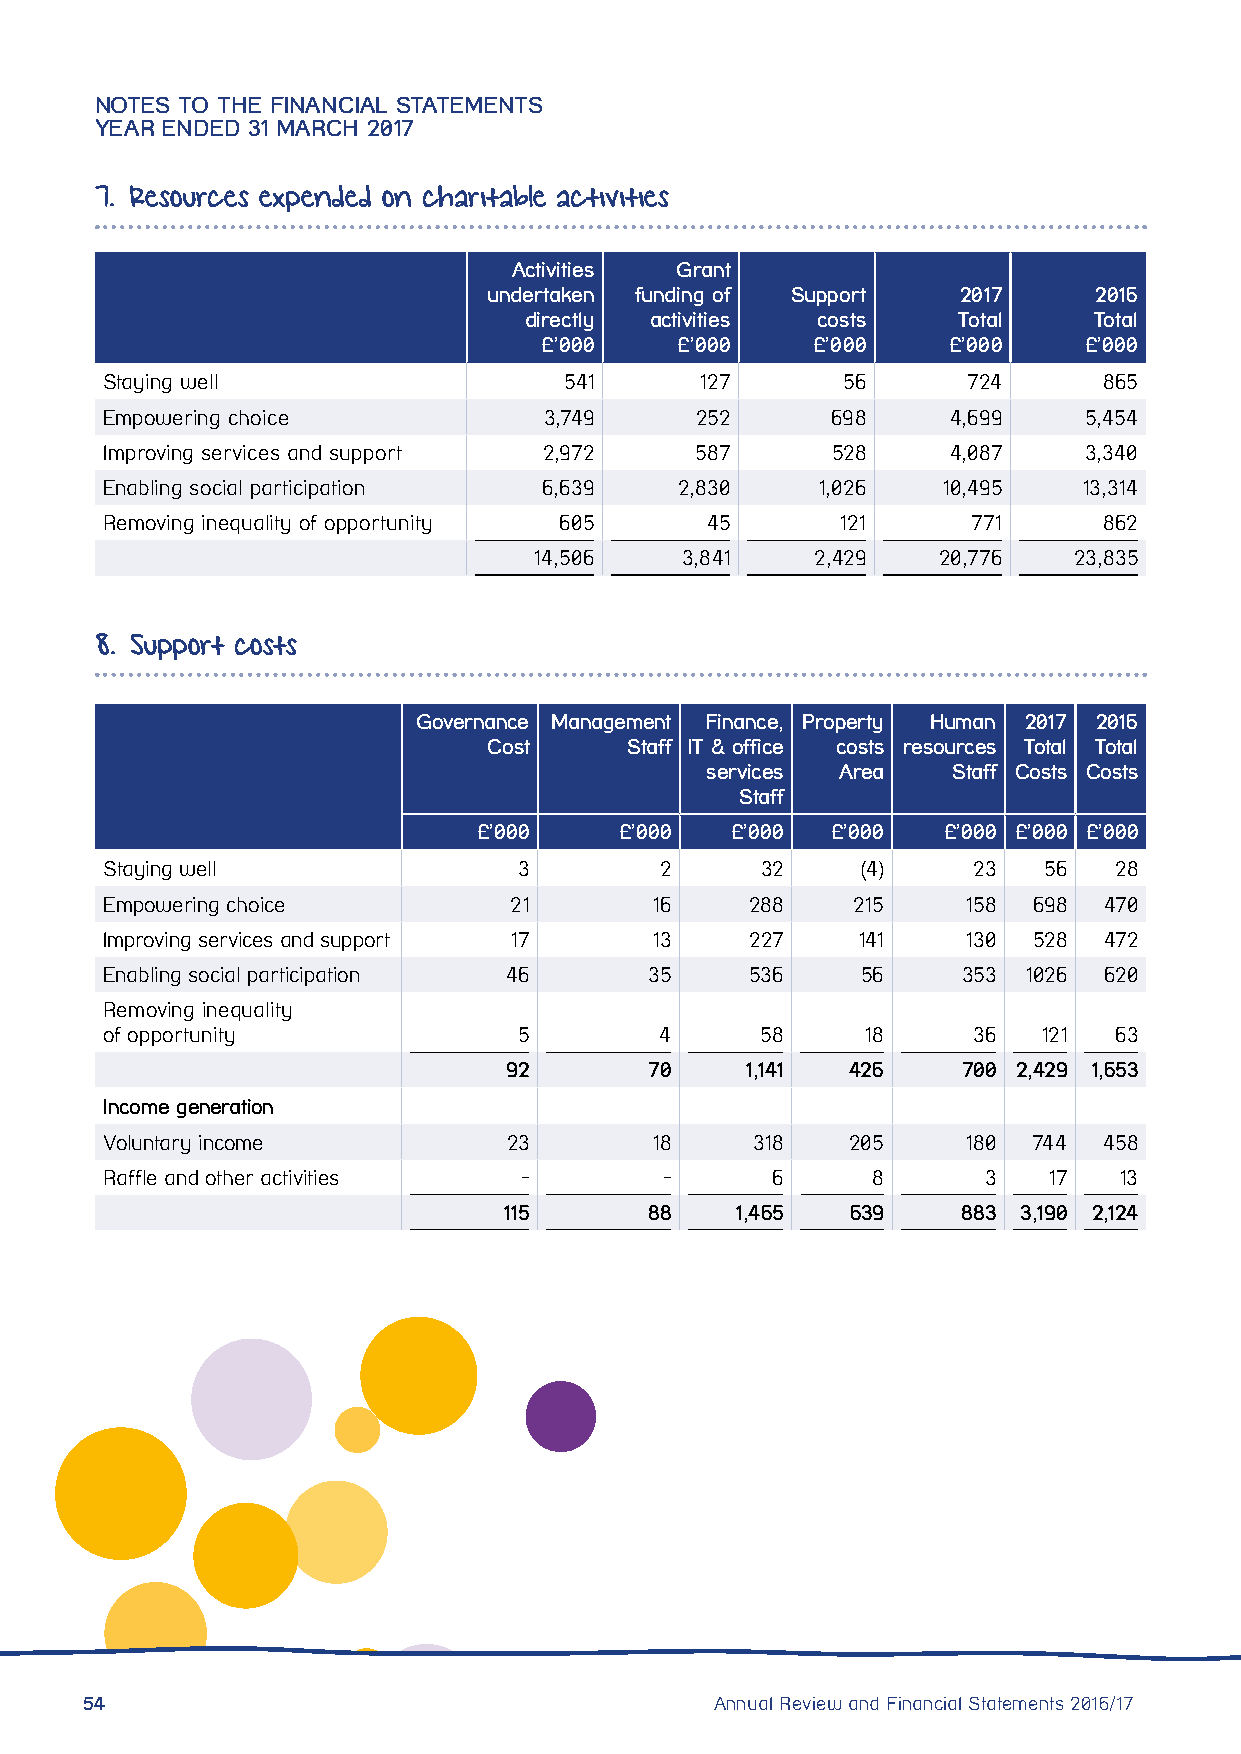
NOTES TO THE FINANCIAL STATEMENTS
 YEAR ENDED 31 MARCH 2017
 7. Resources expended on charitable activities
 Activities Grant
 undertaken funding of Support  2017     2016
 directly activities costs   Total    Total
 £’000    £’000    £’000    £’000    £’000
 Staying well                  541      127       56      724      865
 Empowering choice            3,749     252      698     4,699    5,454
 Improving services and support 2,972   587      528     4,087    3,340
 Enabling social participation 6,639   2,830    1,026   10,495    13,314
 Removing inequality of opportunity 605  45       121     771      862
 14,506    3,841    2,429   20,776   23,835
 8. Support costs
 Governance Management Finance, Property Human 2017 2016
 Cost     Staff IT & office costs resources Total Total
 services Area   Staff Costs Costs
 Staff
 £’000    £’000  £’000  £’000   £’000 £’000 £’000
 Staying well               3         2     32     (4)    23   56   28
 Empowering choice          21       16     288   215     158 698  470
 Improving services and support 17   13     227    141    130 528  472
 Enabling social participation 46    35     536    56     353 1026 620
 Removing inequality
 of opportunity             5         4     58     18     36   121  63
 92        70    1,141  426     700 2,429 1,653
 Income generation
 Voluntary income           23       18     318   205     180 744  458
 Raffle and other activities -        -      6      8      3   17   13
 115       88    1,465  639     883 3,190 2,124
 54                                        Annual Review and Financial Statements 2016/17